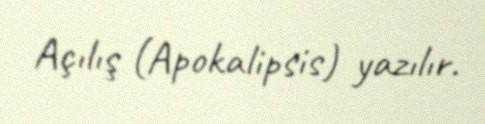
Açılış (Apokalipsis) yazılır.